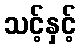
သင့်နှင့်